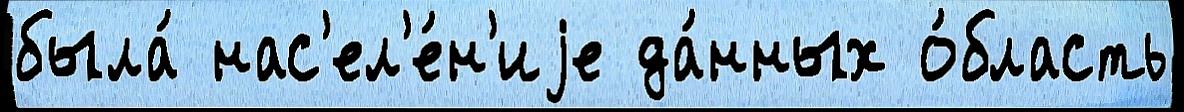
была́ нас'ел'е́н'иjе да́нных о́бласть